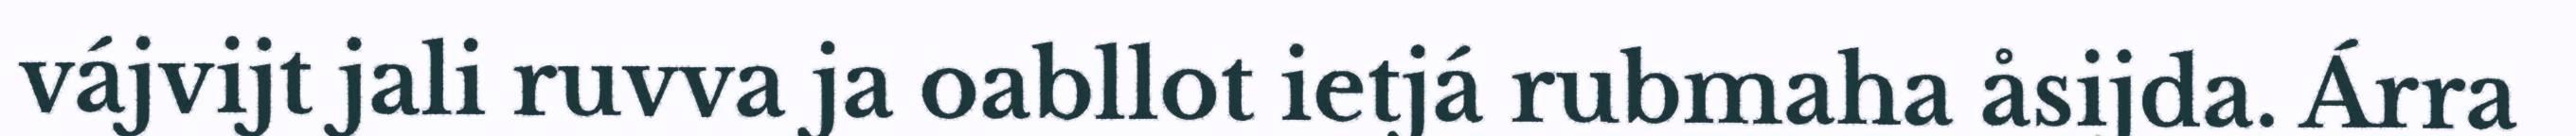
vájvijt jali ruvva ja oabllot ietjá rubmaha åsijda. Árra